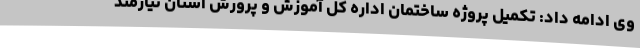
وی ادامه داد: تکمیل پروژه ساختمان اداره کل آموزش و پرورش استان نیازمند